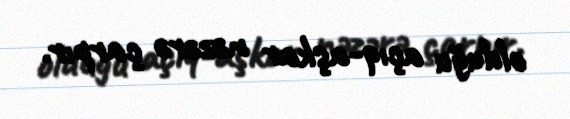
olduğu açıq-aşkar nəzərə çarpır.